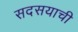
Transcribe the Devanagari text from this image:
सदसयाची